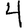
Digit: 4